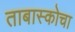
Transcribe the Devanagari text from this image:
ताबास्कोचा